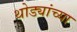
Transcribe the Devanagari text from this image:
थोड्यांच्या